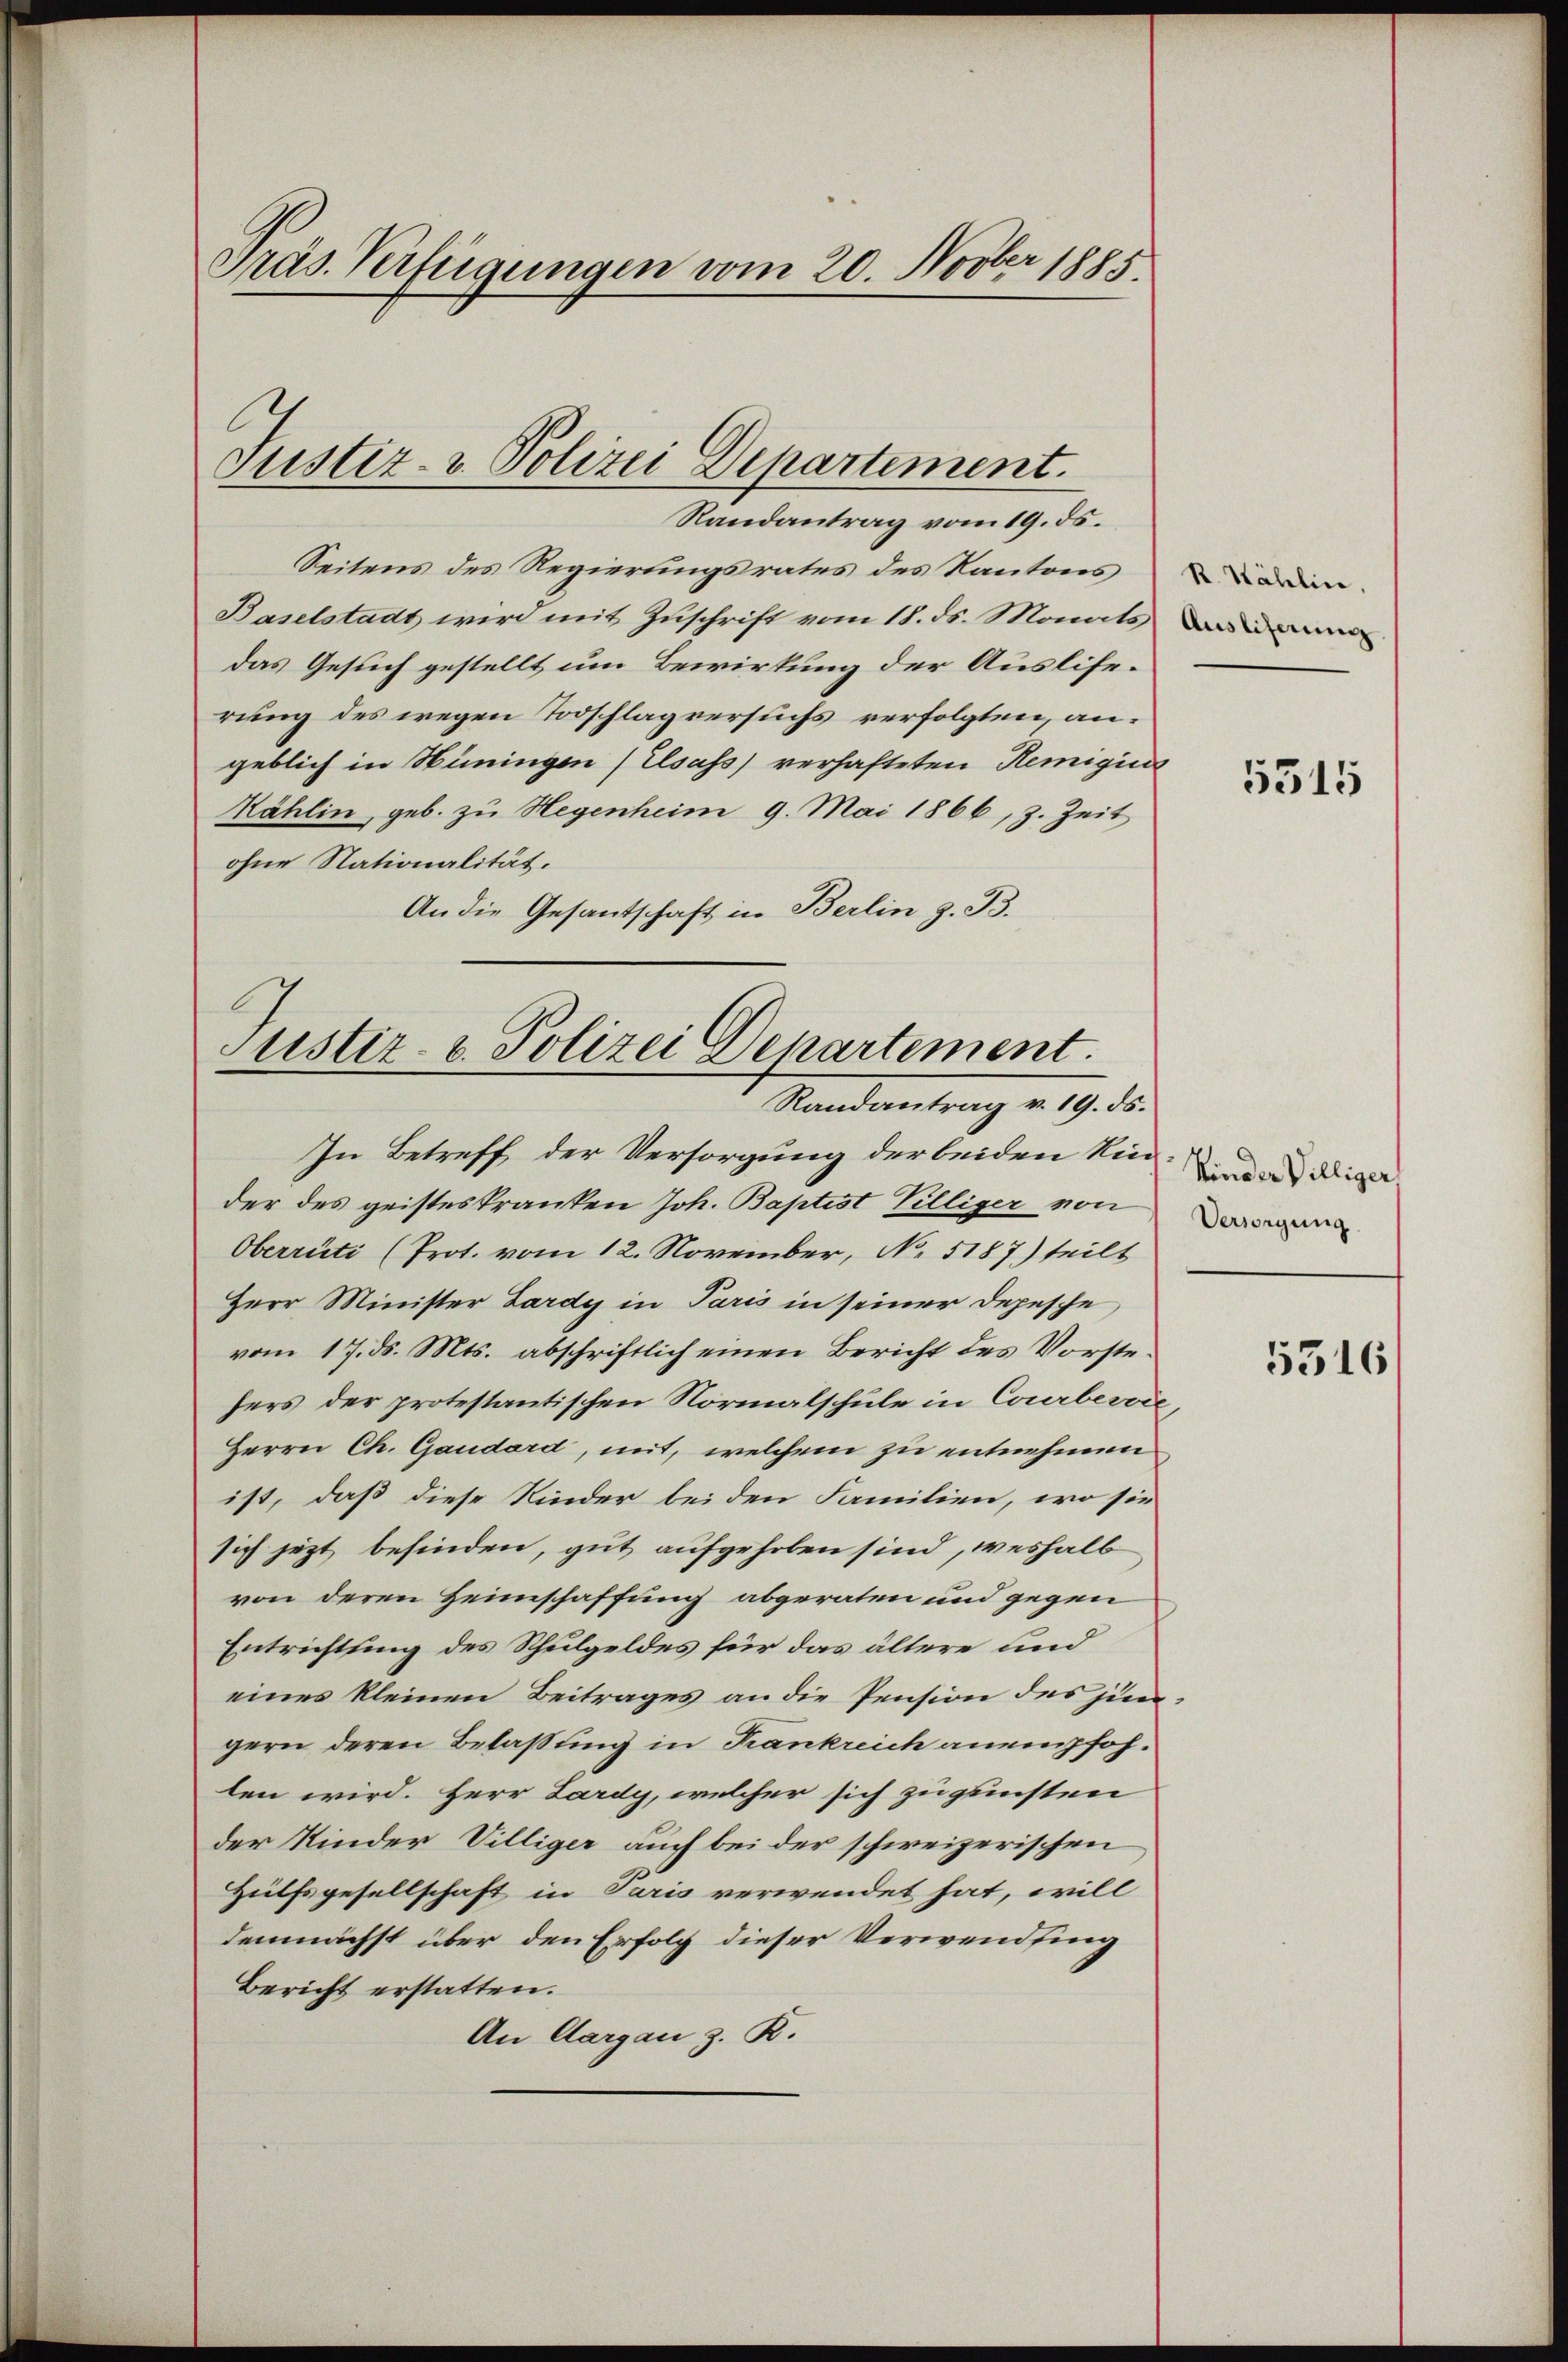
Präs. Verfügungen vom 20. Novber 1885.

Justiz- & Polizei Departement.

Randantrag vom 19. ds.
Seitens des Regierungsrates des Kantons
Baselstadt wird mit Zuschrift vom 18. ds. Monats
das Gesuch gestellt um Bewirkung der Ausliferung des wegen Todschlag versuchs verfolgten, angeblich in Hüningen (Elsass verhafteten Remigius
Kählin, geb. zu Hegenheim 9. Mai 1866, z. Zeit
ohne Nationalität.
An die Gesantschaft in Berlin z. B.

Justiz- & Polizei Departement.
Randantrag v. 19. ds.

In Betreff der Versorgung der beiden Kinder des geisteskranken Joh. Baptist Villiger von
Oberrüti (Prot. vom 12. November, No. 5187) teilt
Herr Minister Lardy in Paris in seiner Depesche
vom 17. ds. Mts. abschriftlich einen Bericht des Vorstehers der protestantischen Normalschule in Courberie,
Herrn Ch. Gaudard, mit, welchem zu entnehmen
ist, daß diese Kinder bei den Familien, wo sie
sich jezt befinden, gut aufgehoben sind, weshalb
von deren Heimschaffung abgeraten und gegen
Entrichtung des Schulgeldes für das ältere und
eines kleinen Beitrages an die Pension des jüngern deren Belassung in Frankreich anempfohlen wird. Herr Lardy, welcher sich zu gunsten
der Kinder Villiger auch bei der schweizerischen
Hülfsgesellschaft in Paris verwendet hat, will
demnächst über den Erfolg dieser Verwending
Bericht erstatten.
An Aargau z. R.

R. Wählin,

5315

Kinder Villiger
Versorgung

5516